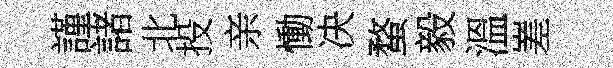
謹諸北投亲慟决蝥毅溫嵳